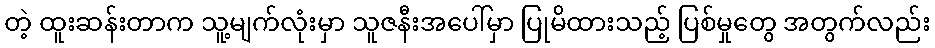
တဲ့ ထူးဆန်းတာက သူ့မျက်လုံးမှာ သူဇနီးအပေါ်မှာ ပြုမိထားသည့် ပြစ်မှုတွေ အတွက်လည်း